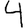
Digit: 4